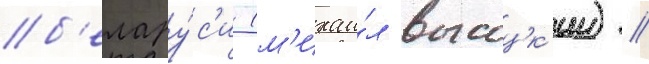
б'елару́с'и (м'ихаи́л высоцк'ии) //